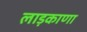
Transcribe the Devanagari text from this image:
लाड़काणा